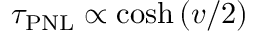
\tau _ { \mathrm { P N L } } \propto \cosh { ( v / 2 ) }